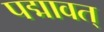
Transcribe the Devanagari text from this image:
पद्मावत्